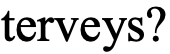
terveys?